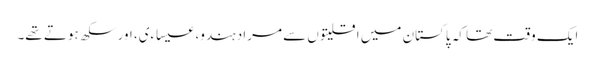
ایک وقت تھا کہ پاکستان میں اقلیتوں سے مراد ہندو، عیساءی، اورسکھ ہوتے تھے۔